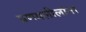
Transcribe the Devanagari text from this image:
प्रणयलीलांना